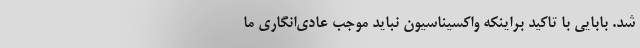
شد. بابایی با تاکید براینکه واکسیناسیون نباید موجب عادی‌انگاری ما